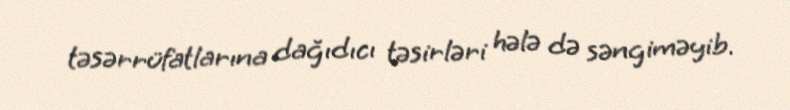
təsərrüfatlarına dağıdıcı təsirləri hələ də səngiməyib.